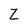
Character: Z